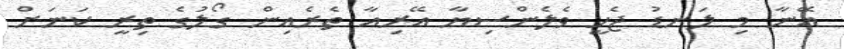
އޭނާ މި ލަނޑު ޖެހީ ވެލެންސިޔާ އޭރިއާ ތެރެއިން ގޯލުގެ ތިރީ ކަނަށް